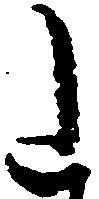
た